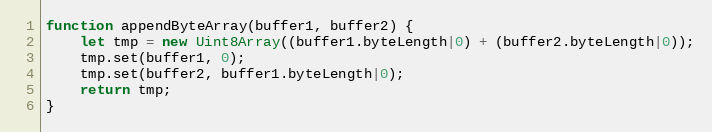
Language: JavaScript
function appendByteArray(buffer1, buffer2) {
    let tmp = new Uint8Array((buffer1.byteLength|0) + (buffer2.byteLength|0));
    tmp.set(buffer1, 0);
    tmp.set(buffer2, buffer1.byteLength|0);
    return tmp;
}